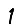
Digit: 1